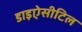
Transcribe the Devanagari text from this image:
डाइऐसीटिल